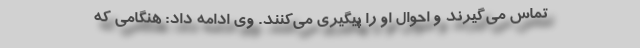
تماس می‌گیرند و احوال او را پیگیری می‌کنند. وی ادامه داد: هنگامی که